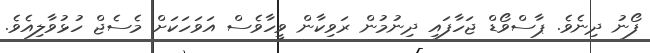
ފޯނު ދިނެވެ. ޕާސްވޯޑް ޖަހާފައި ދިނުމުން ރަވިކާން ވީހާވެސް އަވަހަކަށް މެސެޖް ހުޅުވާލިއެވެ.